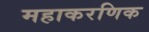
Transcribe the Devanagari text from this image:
महाकरणिक